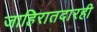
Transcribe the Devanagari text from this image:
जाहिरातदारही